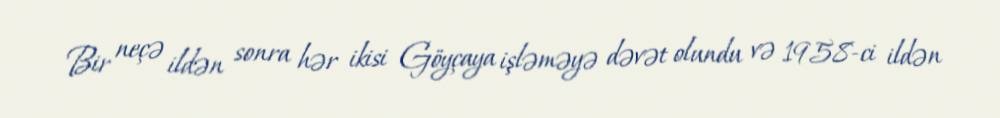
Bir neçə ildən sonra hər ikisi Göyçaya işləməyə dəvət olundu və 1958-ci ildən